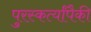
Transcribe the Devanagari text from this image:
पुरस्कर्त्यांपैकी